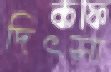
দিৎসা